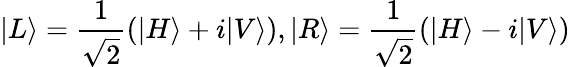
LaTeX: |L\rangle=\frac{1}{\sqrt{2}}(|H\rangle+i|V\rangle),|R\rangle=\frac{1}{\sqrt{2}}(|H\rangle-i|V\rangle)